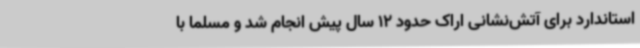
استاندارد برای آتش‌نشانی اراک حدود 12 سال پیش‌ انجام شد و مسلما با